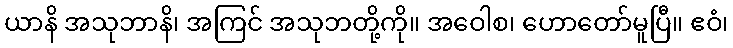
ယာနိ အသုဘာနိ၊ အကြင် အသုဘတို့ကို။ အဝေါစ၊ ဟောတော်မူပြီ။ ဧဝံ၊